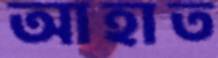
আহাত